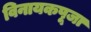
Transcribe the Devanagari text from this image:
विनायकपूजा